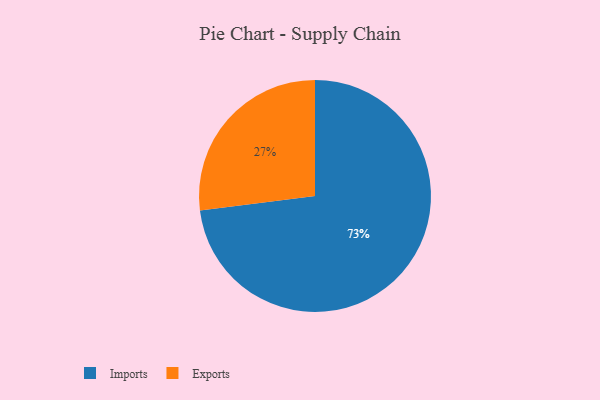
{"axis": {"x": "Category", "y": "Percentage"}, "legend": ["Exports", "Imports"], "data": [{"x": "Exports", "y": 27, "type": "Exports"}, {"x": "Imports", "y": 73, "type": "Imports"}]}